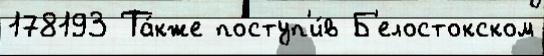
178193 Та́кже поступ'и́в Б'елостокском